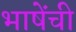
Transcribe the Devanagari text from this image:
भाषेंची